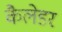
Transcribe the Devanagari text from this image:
कैलेडर